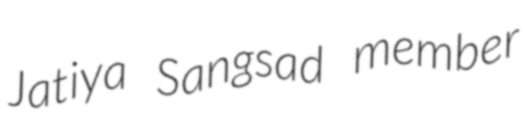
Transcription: Jatiya Sangsad member